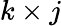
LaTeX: k\times j